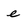
Character: e